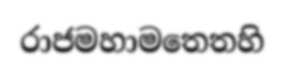
රාජමහාමතෙතහි